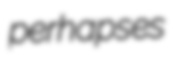
perhapses